Code of medical and sanitary regulations for the guidance of medical officers serving in the Madras Presidency - Volume II
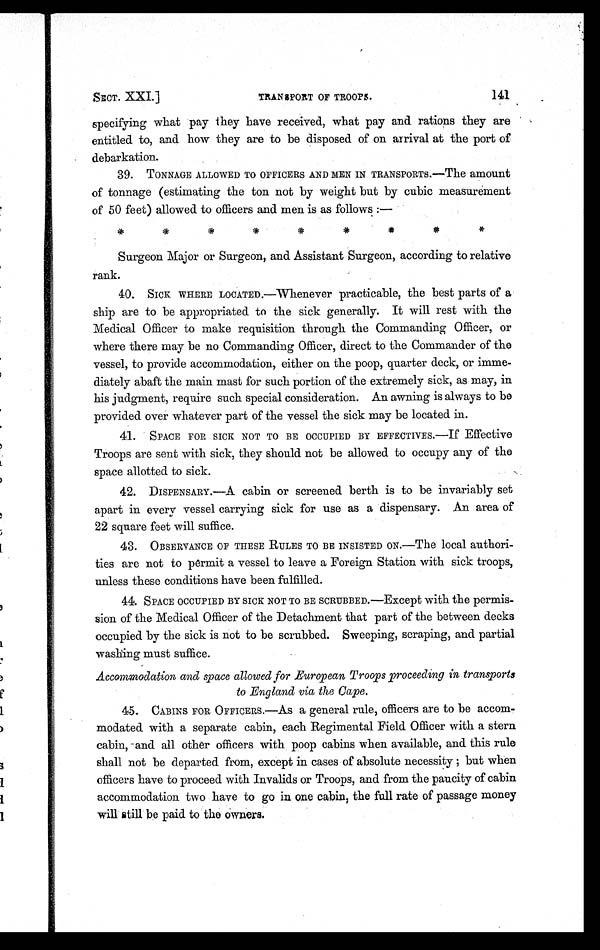
141
SECT. XXI.]
TRANSPORT OF TROOPS.
specifying what pay they have received, what pay and rations they are
entitled to, and how they are to be disposed of on arrival at the port of
debarkation.
39. TONNAGE ALLOWED TO OFFICERS AND MEN IN TRANSPORTS.—The amount
of tonnage (estimating the ton not by weight but by cubic measurement
of 50 feet) allowed to officers and men is as follows:—
* * * * * * * * *
Surgeon Major or Surgeon, and Assistant Surgeon, according to relative
rank.
40. SICK WHERE LOCATED.—Whenever practicable, the best parts of a
ship are to be appropriated to the sick generally. It will rest with the
Medical Officer to make requisition through the Commanding Officer, or
where there may be no Commanding Officer, direct to the Commander of the
vessel, to provide accommodation, either on the poop, quarter deck, or imme-
diately abaft the main mast for such portion of the extremely sick, as may, in
his judgment, require such special consideration. An awning is always to be
provided over whatever part of the vessel the sick may be located in.
41. SPACE FOR SICK NOT TO BE OCCUPIED BY EFFECTIVES.—If Effective
Troops are sent with sick, they should not be allowed to occupy any of the
space allotted to sick.
42. DISPENSARY.—A cabin or screened berth is to be invariably set
apart in every vessel carrying sick for use as a dispensary. An area of
22 square feet will suffice.
43. OBSERVANCE OF THESE RULES TO BE INSISTED ON.—The local authori-
ties are not to permit a vessel to leave a Foreign Station with sick troops,
unless these conditions have been fulfilled.
44. SPACE OCCUPIED BY SICK NOT TO BE SCRUBBED.—Except with the permis-
sion of the Medical Officer of the Detachment that part of the between decks
occupied by the sick is not to be scrubbed. Sweeping, scraping, and partial
washing must suffice.
Accommodation and space allowed for European Troops proceeding in transports
to England via the Cape.
45. CABINS FOR OFFICERS.—As a general rule, officers are to be accom-
modated with a separate cabin, each Regimental Field Officer with a stern
cabin, and all other officers with poop cabins when available, and this rule
shall not be departed from, except in cases of absolute necessity; but when
officers have to proceed with Invalids or Troops, and from the paucity of cabin
accommodation two have to go in one cabin, the full rate of passage money
will still be paid to the owners.